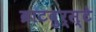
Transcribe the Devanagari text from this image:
ब्राटवुर्स्टे